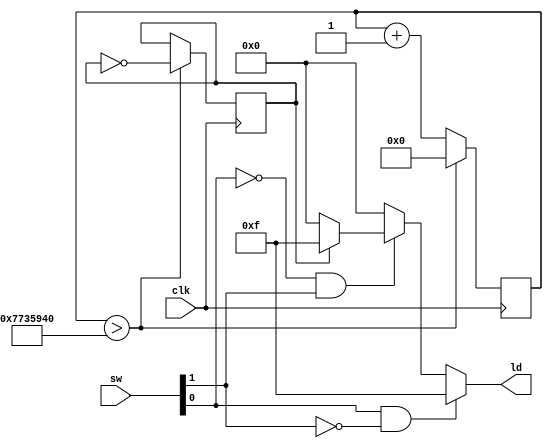
`timescale 1ns / 1ps
//////////////////////////////////////////////////////////////////////////////////
// Company: 
// Engineer: 
// 
// Design Name: 
// Module Name: top
// Project Name: 
// Target Devices: 
// Tool Versions: 
// Description: 
// 
// Dependencies: 
// 
// Revision:
// Revision 0.01 - File Created
// Additional Comments:
// 
//////////////////////////////////////////////////////////////////////////////////


/*module top(
    output reg ld0=0,
    input clk
    );
    reg [31:0] cnt=32'b0;
    
    always @(posedge clk)
    begin
        if(cnt > 32'd125000000)
        begin  
            ld0 <= ~ld0;
            cnt <= 32'd0;
        end
        else
            cnt <= cnt+1;
    end            
endmodule*/

/*module top(
    input clk,
    input sw0,
    output reg ld0=0,
    output reg ld1=0,
    output reg ld2=0, 
    output reg ld3=0
    );
    
    reg [31:0] cnt=32'b0;
    
    always @(posedge clk)
    begin
        if(cnt > 32'd125000000)
        begin 
          cnt <= 32'd0;
          if(sw0)
          begin
               ld0 <= ~ld0;
               ld1 <= ~ld1;
               ld2 <= ~ld2;
               ld3 <= ~ld3;
           end
           else
               begin
               ld0 <= 0;
               ld1 <= 0;
               ld2 <= 0;
               ld3 <= 0;
                end
        end
        else
            cnt <= cnt+1;
     end

endmodule*/

module top(
    input clk,
    input [1:0] sw,
    output reg [3:0] ld
    );
    
    reg [31:0] cnt=32'b0;
    reg state=0;

    always @(posedge clk)
    begin
        if(cnt > 32'd125000000)
        begin 
          cnt <= 32'd0;
          state <= ~state;
        end
        else
            cnt <= cnt+1;
     end
     
     always @(sw[0] or sw[1])
     begin
        if(sw[0]==1 && sw[1]==0)
            begin
               ld <= 4'b1111;
            end
        else if(sw[0]==0 && sw[1]==1)
            if(state==1)
                begin
                   ld <= 4'b1111;
                end
            else
                begin
                   ld <= 4'b0000;
                end
        else
            begin
                   ld <= 4'b0000;
            end
     end
     
endmodule